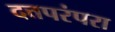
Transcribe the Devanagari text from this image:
दत्तपरंपरा